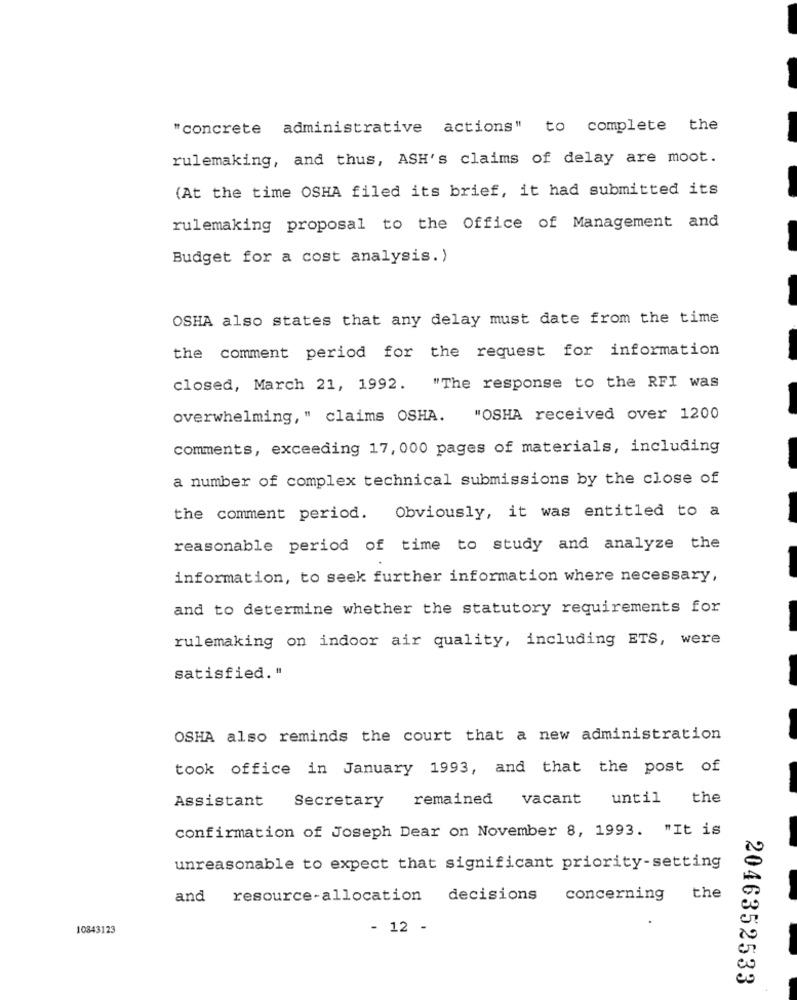
"concrete administrative actions" to complete the
rulemaking, and thus, ASH's claims of delay are moot.
(At the time OSHA filed its brief, it had submitted its
rulemaking proposal to the Office of Management and
Budget for a cost analysis.)
OSHA also states that any delay must date from the time
the comment period for the request for information
closed, March 21, 1992. "The response to the RFI was
overwhelming, " claims OSHA. "OSHA received over 1200
comments, exceeding 17, 000 pages of materials, including
a number of complex technical submissions by the close of
the comment period. Obviously, it was entitled to a
reasonable period of time to study and analyze the
information, to seek further information where necessary,
and to determine whether the statutory requirements for
rulemaking on indoor air quality, including ETS, were
satisfied."
OSHA also reminds the court that a new administration
took office in January 1993, and that the post of
Assistant
remained vacant
until
the
Secretary
confirmation of Joseph Dear on November 8, 1993. "It is
unreasonable to expect that significant priority-setting
and
resource-allocation decisions
concerning
the
10843123
- 12 -
2046352533